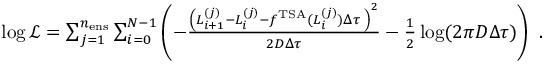
\begin{array} { r } { \log \mathcal { L } = \sum _ { j = 1 } ^ { n _ { \mathrm { e n s } } } \sum _ { i = 0 } ^ { N - 1 } \left( - \frac { \left( L _ { i + 1 } ^ { ( j ) } - L _ { i } ^ { ( j ) } - f ^ { \mathrm { T S A } } ( L _ { i } ^ { ( j ) } ) \Delta \tau \; \right) ^ { 2 } } { 2 D \Delta \tau } - \frac { 1 } { 2 } \log ( 2 \pi D \Delta \tau ) \right) \ . } \end{array}